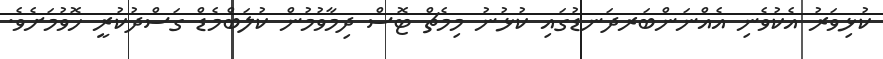
ކުޅިވަރު އެކުވެނި އެއްނަންބަރދަނޑުގައި ކުޅުނު މިމެޗް ޓޮސް ދިމާވުމުން ކުލަބްމެޑް ގަސްދުކުރީ ހޮވުމަށެވެ.